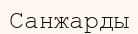
Санжарды